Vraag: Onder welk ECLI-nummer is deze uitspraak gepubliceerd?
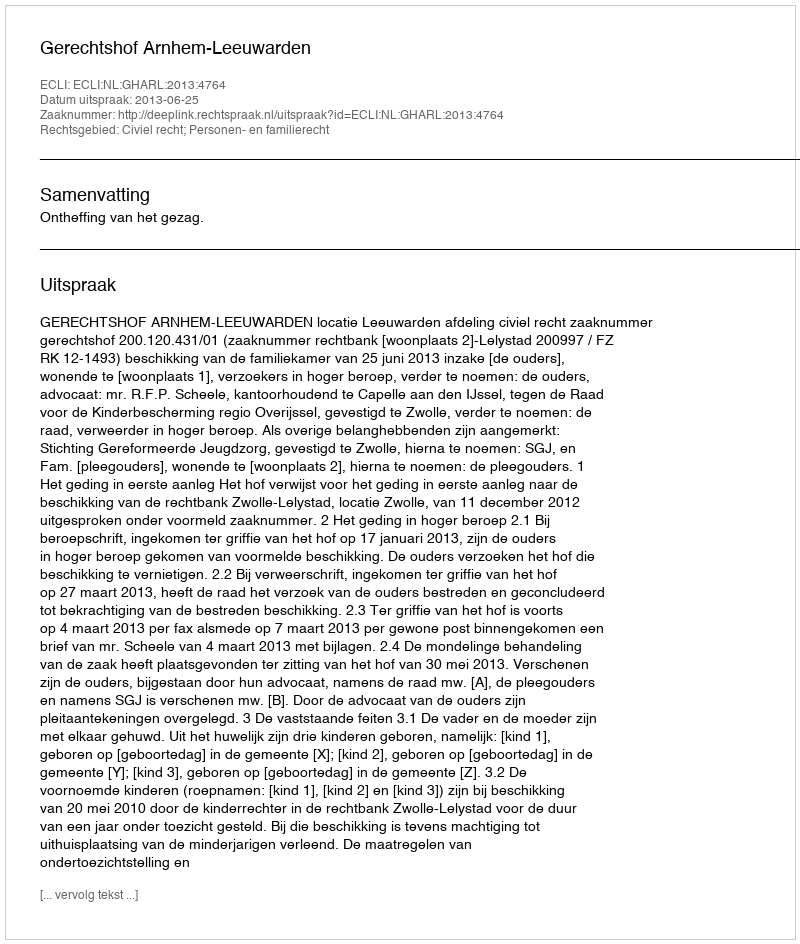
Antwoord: ECLI:NL:GHARL:2013:4764